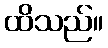
ထိသည်။